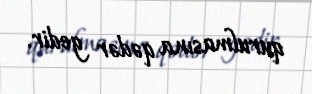
qurulmasına qədər gedir.